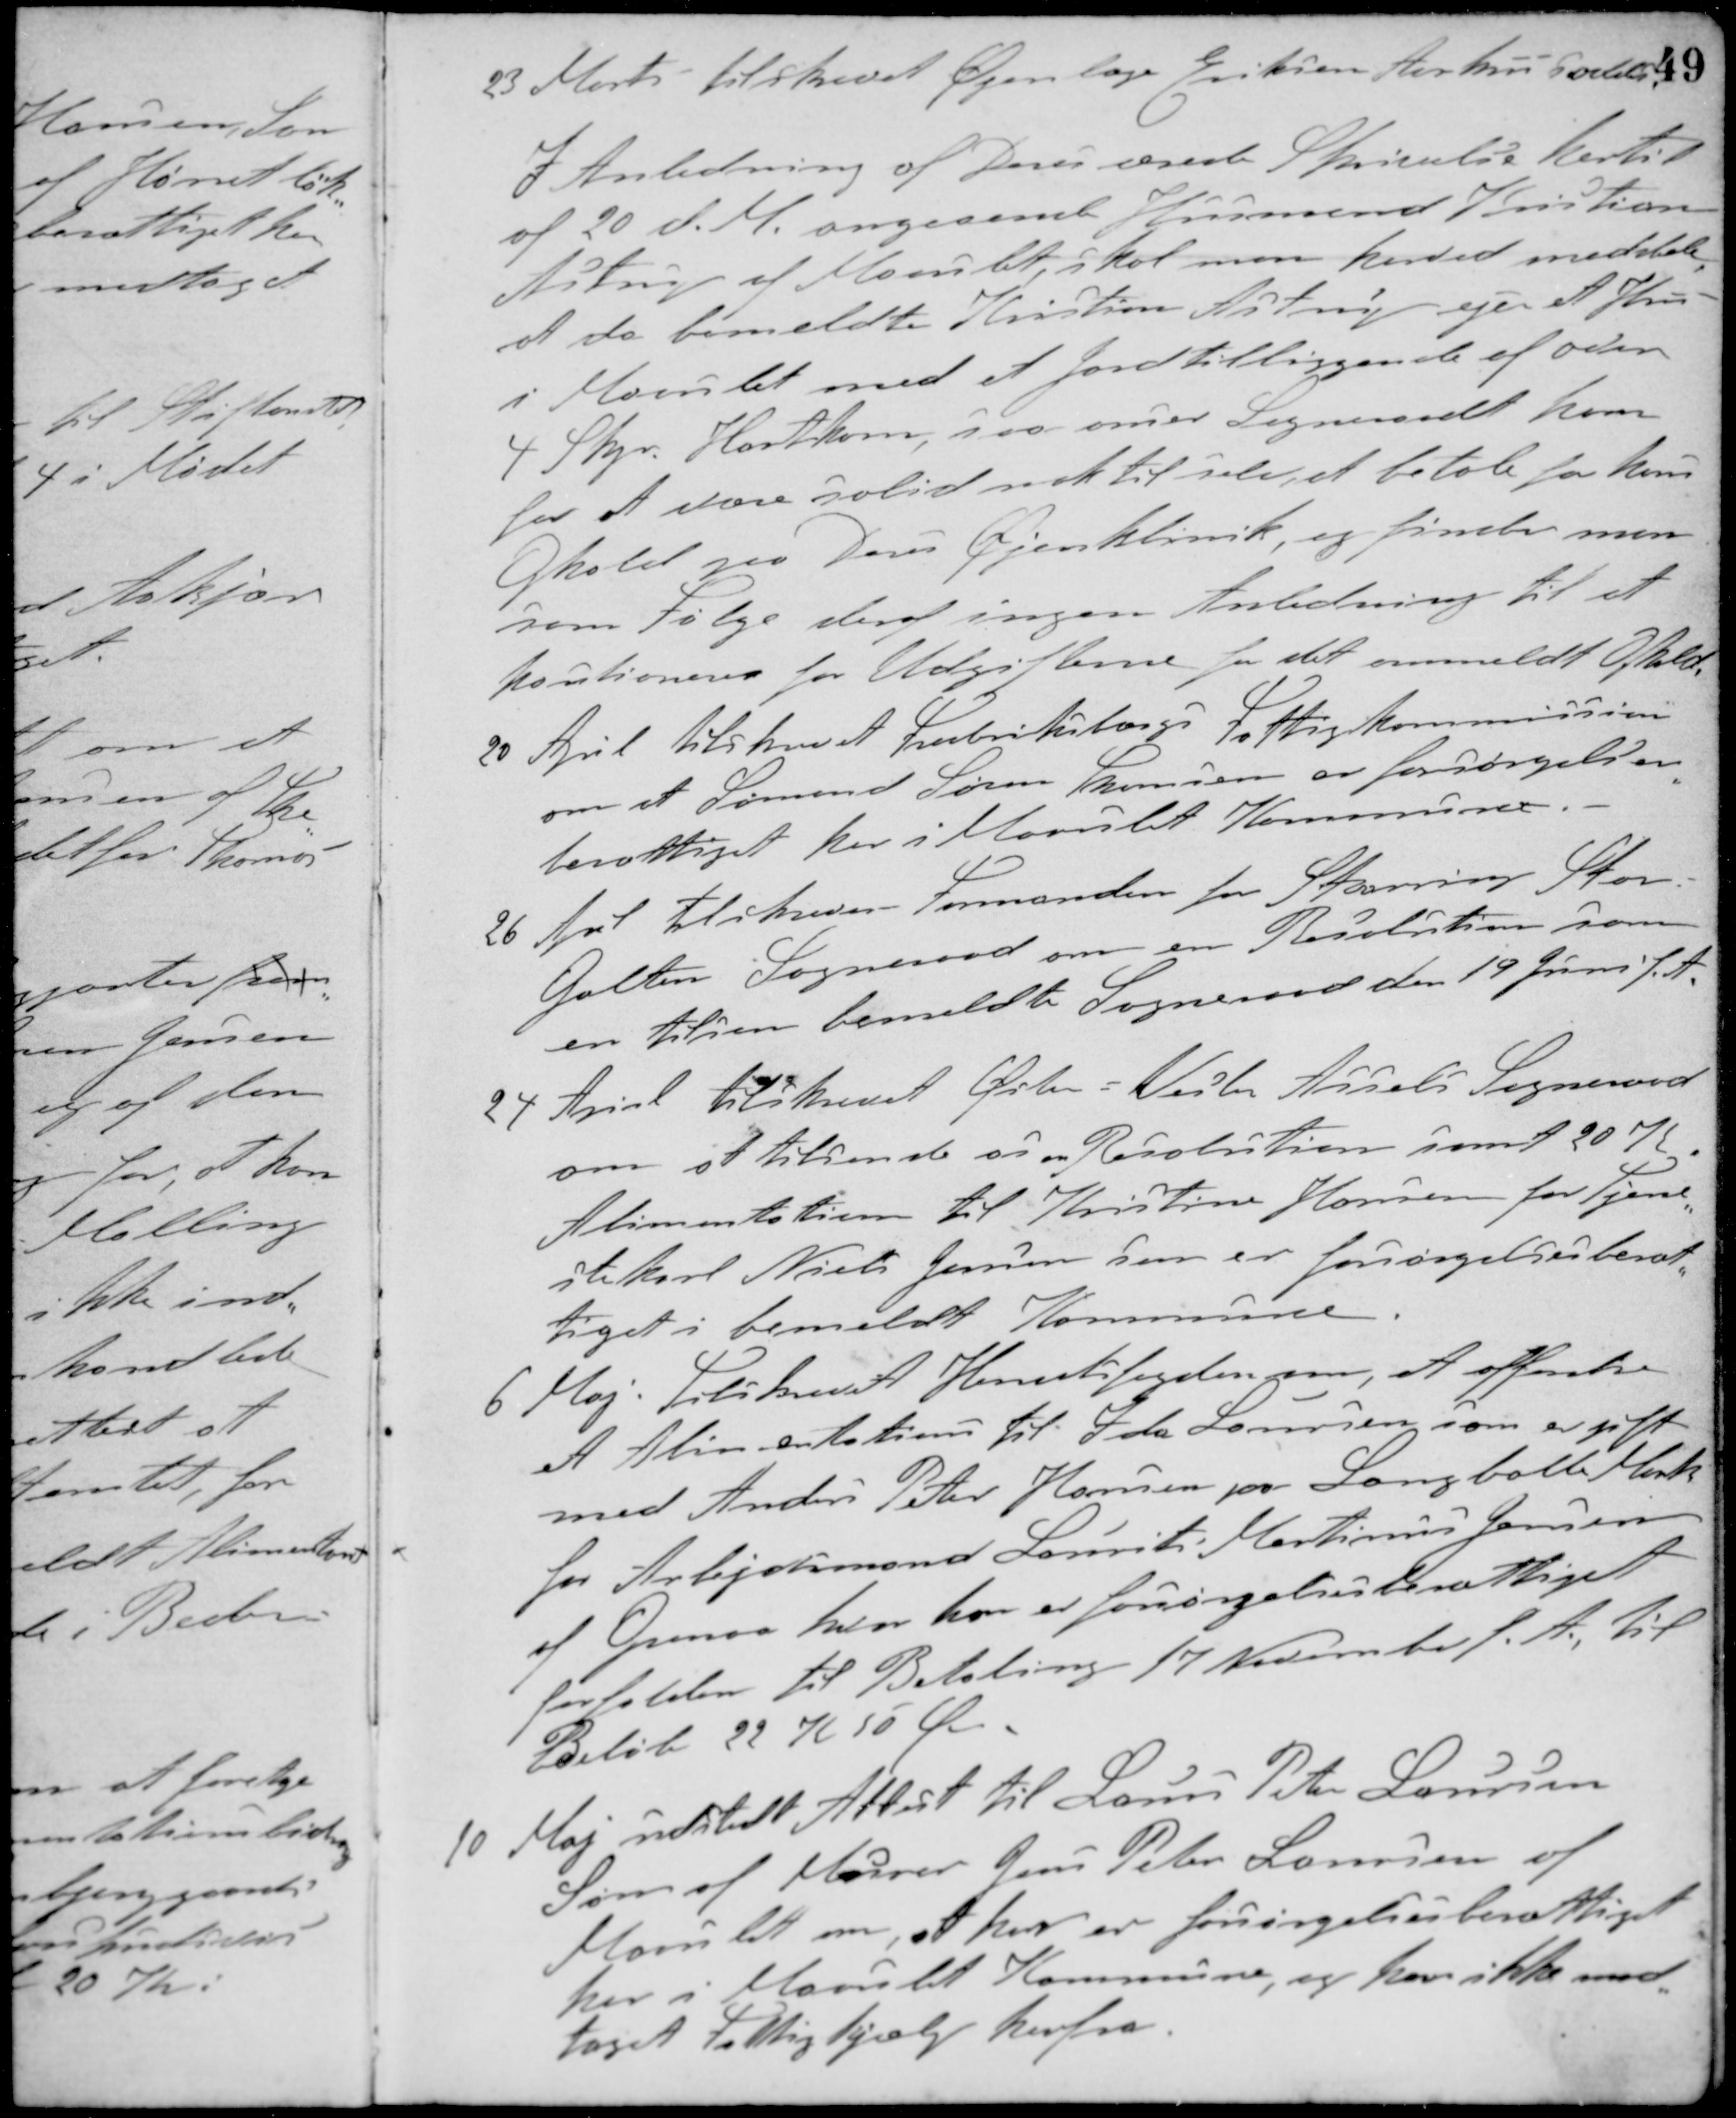
Transskription:
23 Marts tilskrevet Øjenlæge Eriksen Aarhus saaledes:
I Anledning af Deres ærede Skrivelse hertil
af 20 d. M. angaaende Husmand Kristian
Astrup af Maarslet, skal man herved meddele,
at da bemeldte Kristian Astrup ejer et Hus
i Maarslet med et Jordtilliggende af oden
4 Skpr. Hartkorn, saa anser Sogneraadet ham
for at være solid nok til selv at betale for hans
Ophold paa Deres Øjenklinik, og finder man
som Følge deraf ingen Anledning til at
kautionere for Udgifterne for det ommeldte Ophold.
20 April tilskrevet Frederiksborgs Fattigkommission
om at Sømand Søren Thomsen er forsørgelses-
berettiget her i Maarslet Kommune.
26 April tilskreven Formanden for Storring-Stær-
Galten Sogneraad om en Resolution som
en tilsen bemeldte Sogneraad den 19 Juni f. A.
24 April tilskrevet Øslev - Vester Assels Sogneraad
om at tilsende os en Resolution samt 20 K
Alimentation til Kristine Hansen for Tjene-
stekarl Niels Jensen som er forsørgelsesberet-
tiget i bemeldt Kommune.
6 Maj: Tilskrevet Herredsfogden om, at offentre
et Alimentations til Ida Laursen som er gift
med Anders Peter Hansen pr. Langballe Mark
for Arbejdsmand Laurits Martinus Jensen
af Grenaa hvor han er forsørgelsesberettiget
forfalden til Betaling 17 November f. A. til
Beløb 22 K 50 Øre.
10 Maj udstedt Attest til Lauers Peter Laursen
Søn af Murer Jens Peter Laursen af
Maarslet om, at han er forsørgelsesberettiget
her i Maarslet Kommune, og har ikke mod-
taget Fattighjælp herfra.